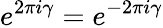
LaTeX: e^{2\pi i\gamma}=e^{-2\pi i\gamma}